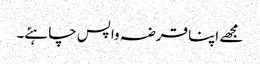
مجھے اپنا قرضہ واپس چاہئے۔